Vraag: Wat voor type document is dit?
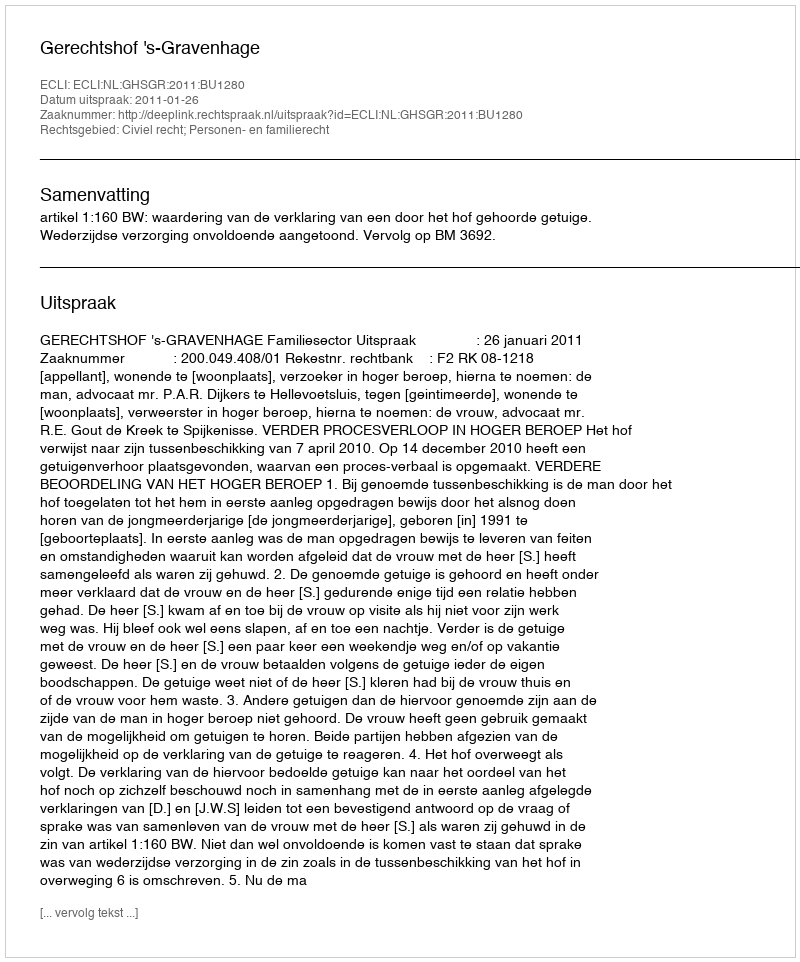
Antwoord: Uitspraak